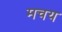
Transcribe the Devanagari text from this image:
मचय